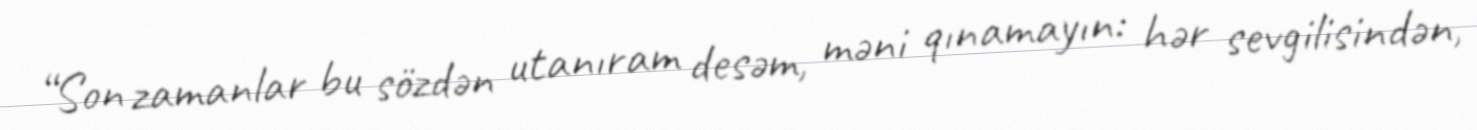
“Son zamanlar bu sözdən utanıram desəm, məni qınamayın: hər sevgilisindən,